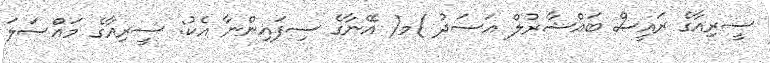
ސީރިއާގެ ރައީސް ބައްޝާރުލް އަސަދު )މ( އޭނާގެ ސިފައިންނާ އެކު: ސީރިއާގެ މައްސަލަ